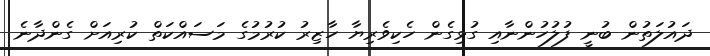
ދައުލަތުން ބުނީ ފުލުހުންނާއި ގުޅިގެން ހެކިވެރިޔާ ހާޒިރު ކުރުމުގެ މަސައްކަތް ކުރިއަށް ގެންދާނެ